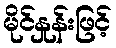
မိုင်နှုန်းဖြင့်